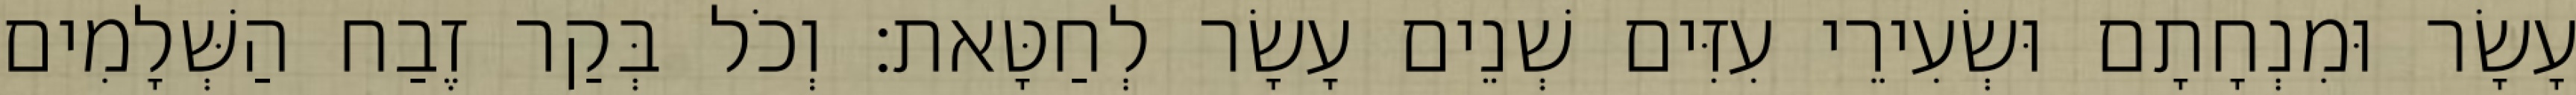
עָשָׂר וּמִנְחָתָם וּשְׂעִירֵי עִזִּים שְׁנֵים עָשָׂר לְחַטָּאת׃ וְכֹל בְּקַר זֶבַח הַשְּׁלָמִים